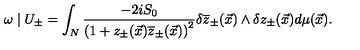
\omega \mid U _ { \pm } = \int _ { N } \frac { - 2 i S _ { 0 } } { \left( 1 + z _ { \pm } ( \vec { x } ) \overline { { z } } _ { \pm } ( \vec { x } ) \right) ^ { 2 } } \delta \overline { { z } } _ { \pm } ( \vec { x } ) \wedge \delta z _ { \pm } ( \vec { x } ) d \mu ( \vec { x } ) .